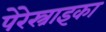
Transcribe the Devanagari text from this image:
पेरेस्त्राइका